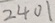
2 4 0 1